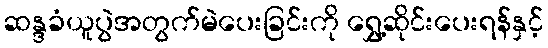
ဆန္ဒခံယူပွဲအတွက်မဲပေးခြင်းကို ရွှေ့ဆိုင်းပေးရန်နှင့်